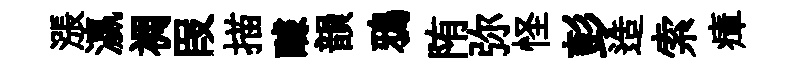
漲瀛裯叚描醵韻鴉陏弥怪彭造索瘴